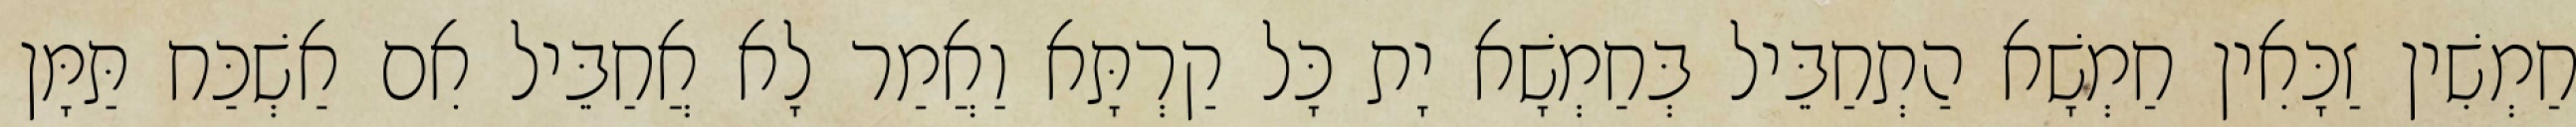
חַמְשִׁין זַכָּאִין חַמְשָׁא הַתְחַבֵּיל בְּחַמְשָׁא יָת כָּל קַרְתָּא וַאֲמַר לָא אֲחַבֵּיל אִם אַשְׁכַּח תַּמָּן